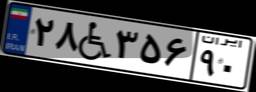
۲۸W۳۵۶۹۰